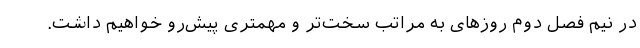
در نیم فصل دوم روزهای به مراتب سخت‌تر و مهمتری پیش‌رو خواهیم داشت.